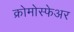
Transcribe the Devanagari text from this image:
क्रोमोस्फेअर